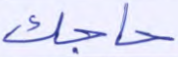
حاجك